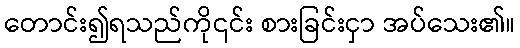
တောင်း၍ရသည်ကို၎င်း စားခြင်းငှာ အပ်သေး၏။